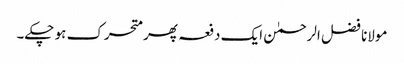
مولانا فضل الرحمٰن ایک دفعہ پھر متحرک ہو چکے۔